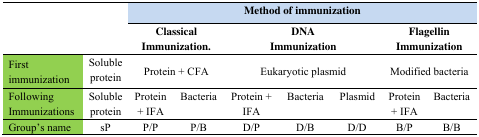
|  |  | <COLSPAN=7> Method of immunization |
 | --- | --- | --- | --- | --- | --- | --- | --- | --- |
 |  |  | <COLSPAN=2> Classical Immunization. | <COLSPAN=3> DNA Immunization | <COLSPAN=2> Flagellin Immunization |
 | First immunization | Soluble protein | <COLSPAN=2> Protein + CFA | <COLSPAN=3> Eukaryotic plasmid | <COLSPAN=2> Modified bacteria |
 | Following Immunizations | Soluble protein | Protein + IFA | Bacteria | Protein + IFA | Bacteria | Plasmid | Protein + IFA | Bacteria |
 | Group’s name | sP | P/P | P/B | D/P | D/B | D/D | B/P | B/B |